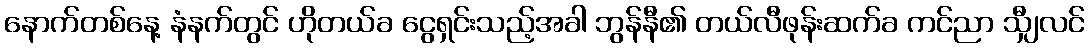
နောက်တစ်နေ့ နံနက်တွင် ဟိုတယ်ခ ငွေရှင်းသည့်အခါ ဘွန်နီ၏ တယ်လီဖုန်းဆက်ခ ကင်ညာ သျှီလင်